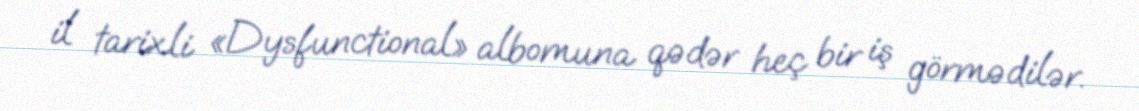
il tarixli «Dysfunctional» albomuna qədər heç bir iş görmədilər.